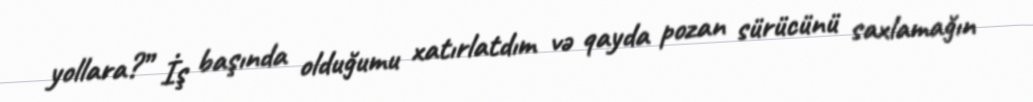
yollara?” İş başında olduğumu xatırlatdım və qayda pozan sürücünü saxlamağın